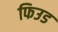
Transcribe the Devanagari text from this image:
फिउड